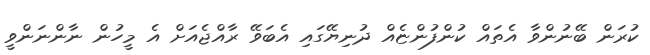
ކުރަން ބޭނުންވާ އެތައް ކުންފުންޏެއް ދުނިޔޭގައި އެބަވޭ ރާއްޖެއަށް އެ މީހުން ނާންނަންވީ